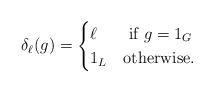
LaTeX: \begin{align*}\delta_\ell(g)=\begin{cases}\ell & \textrm{ if } g=1_G\\1_L & \textrm{otherwise.}\end{cases}\end{align*}